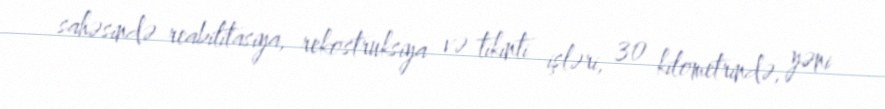
sahəsində reabilitasiya, rekostruksiya və tikinti işləri, 30 kilometrində, yəni